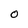
Character: O